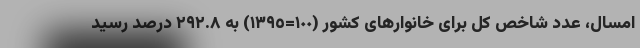
امسال، عدد شاخص کل برای خانوارهای کشور (١٠٠=١٣٩٥) به ۲۹۲.۸ درصد رسید